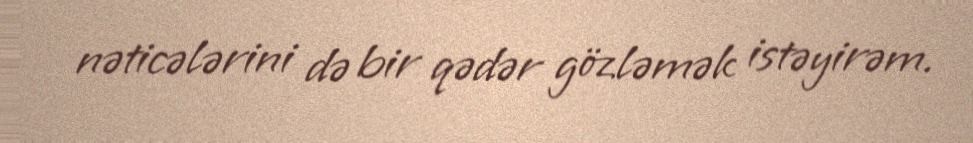
nəticələrini də bir qədər gözləmək istəyirəm.